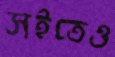
সইতেও